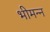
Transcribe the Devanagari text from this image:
भीमन्‍न